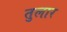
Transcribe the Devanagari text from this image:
तुलार